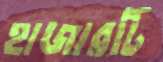
হাজারটি